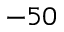
- 5 0